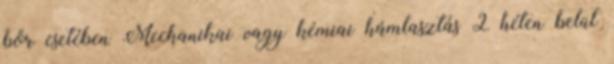
bőr esetében Mechanikai vagy kémiai hámlasztás 2 héten belül